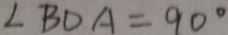
\angle B D A = 9 0 ^ { \circ }